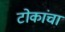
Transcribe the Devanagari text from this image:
टोकांचा